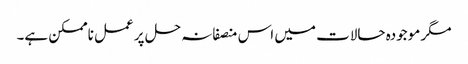
مگر موجودہ حالات میں اس منصفانہ حل پر عمل ناممکن ہے۔